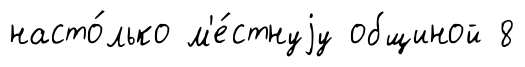
насто́лько м'е́стнуjу общиной 8